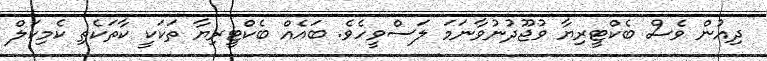
ދިއުން ވެސް ބެކްޓީރިޔާ ވުޖޫދުނުވާނަމަ ލަސްވީހެވެ. ބައެއް ބެކްޓީރިޔާ ތަކަކީ ކާތަކެތި ކެމިކަލް